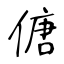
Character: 傏